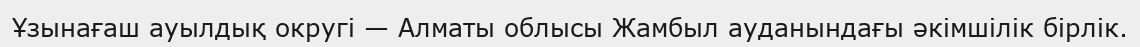
Ұзынағаш ауылдық округі — Алматы облысы Жамбыл ауданындағы әкімшілік бірлік.